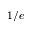
1 / e